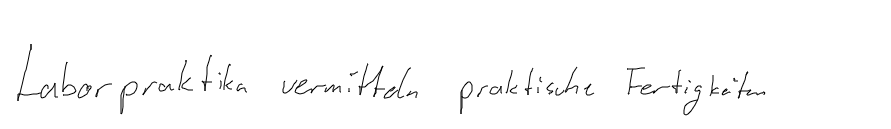
Laborpraktika vermitteln praktische Fertigkeiten.